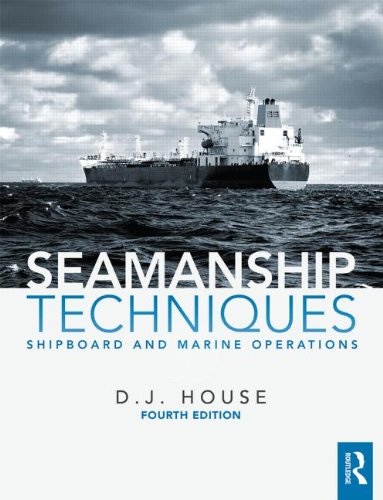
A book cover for Seamanship Techniques: Shipboard and Marine Operations; David House; Engineering & Transportation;